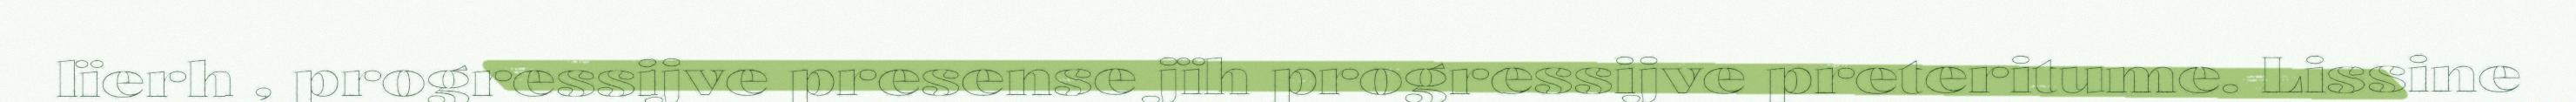
lïerh , progressijve presense jïh progressijve preteritume. Lissine